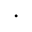
\begin{array} { r l } \end{array} .